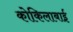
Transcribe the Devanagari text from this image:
कोकिलाबाई